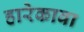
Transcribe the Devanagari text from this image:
हारेकावा